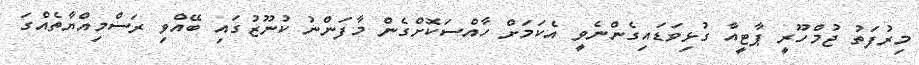
މިރުފަތު ޖުމްހޫރީ ޕާޓީއާ ގުޅިވަޑައިގެންނެވީ އެކަމަށް ހާއްސަކޮށްގެން މާފަންނު ކުނޫޒުގައި ބޭއްވި ރަސްމިއްޔާތެއްގަ